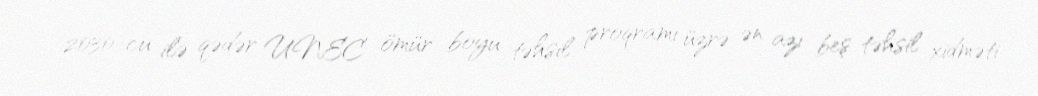
2030-cu ilə qədər UNEC ömür boyu təhsil proqramı üzrə ən azı beş təhsil xidməti